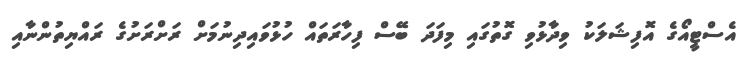
އެސްޓީއޯގެ އޮފިޝަލަކު ވިދާޅުވި ގޮތުގައި މިފަދަ ބޭސް ފިހާރަތައް ހުޅުވައިދިނުމަށް ރަށްރަށުގެ ރައްޔިތުންނާއި